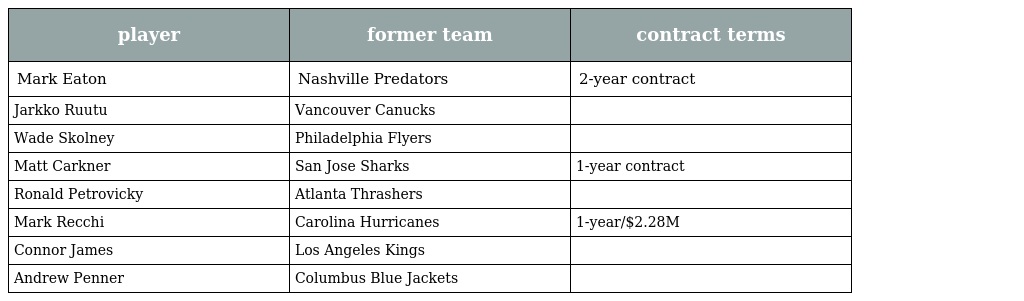
| player | former team | contract terms |
 | --- | --- | --- |
 | Mark Eaton | Nashville Predators | 2-year contract |
 | Jarkko Ruutu | Vancouver Canucks |  |
 | Wade Skolney | Philadelphia Flyers |  |
 | Matt Carkner | San Jose Sharks | 1-year contract |
 | Ronald Petrovicky | Atlanta Thrashers |  |
 | Mark Recchi | Carolina Hurricanes | 1-year/$2.28M |
 | Connor James | Los Angeles Kings |  |
 | Andrew Penner | Columbus Blue Jackets |  |